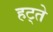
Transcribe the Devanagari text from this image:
हट्ते